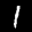
Label: 1